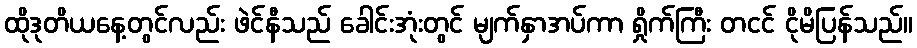
ထိုဒုတိယနေ့တွင်လည်း ဖဲင်နီသည် ခေါင်းအုံးတွင် မျက်နှာအပ်ကာ ရှိုက်ကြီး တငင် ငိုမိပြန်သည်။